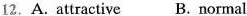
12.A.attractive B,normal wouldn't be